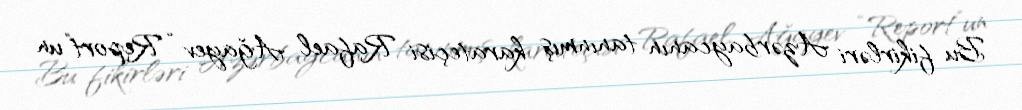
Bu fikirləri Azərbaycanın tanınmış karateçisi Rafael Ağayev “Report”un